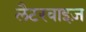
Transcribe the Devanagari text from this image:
लैटरवाइज़